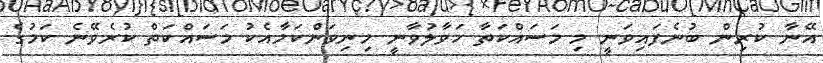
އޭނާ ކުރިން ބުނެފައިވަނީ މި މަސައްކަތާ ހަވާލުވާނީ މިނިވަންކަމާއެކު މަސައްކަތް ކުރެވޭނެ ކަމުގެ